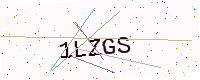
Text: 1LZGS